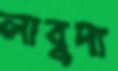
লাবুদা